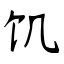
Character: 饥